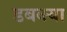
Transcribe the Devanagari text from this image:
डबक्या